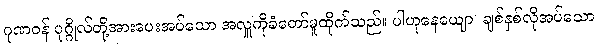
ဂုဏဝန် ပုဂ္ဂိုလ်တို့အားပေးအပ်သော အလှူကိုခံတော်မူထိုက်သည်။ ပါဟုနေယျော၊ ချစ်နှစ်လိုအပ်သော